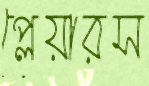
প্লেয়ারস